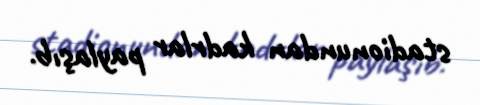
stadionundan kadrlar paylaşıb.